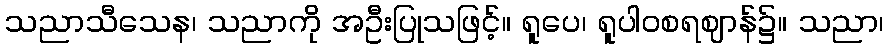
သညာသီသေန၊ သညာကို အဦးပြုသဖြင့်။ ရူပေ၊ ရူပါဝစရဈာန်၌။ သညာ၊